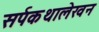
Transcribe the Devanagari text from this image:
सर्पकथालेखन